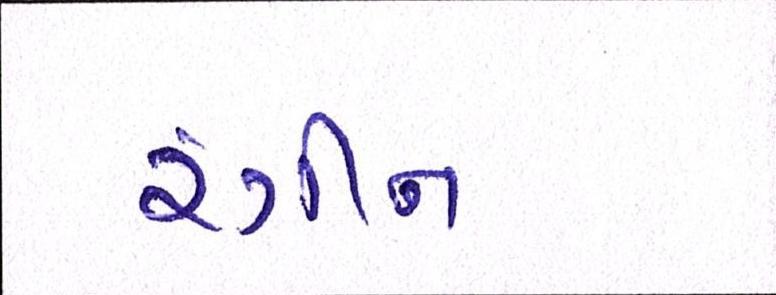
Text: રંગીન